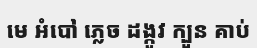
មេ អំបៅ ភ្លេច ដង្កូវ ក្បួន គាប់